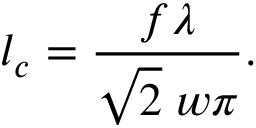
l _ { c } = \frac { f \lambda } { \sqrt { 2 } \; w \pi } .